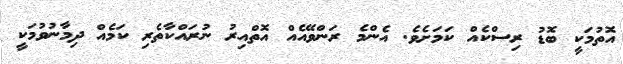
އޮތުމަކީ ބޮޑު ރިސްކެއް ކަމަށެވެ. އެންމެ ރަންވޭއެއް އޮތްއިރު ނުރައްކާތެރި ކަމެއް ދިމާނުވުމަކީ